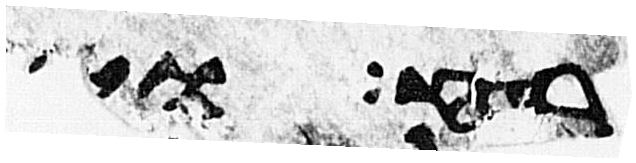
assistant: רפוא